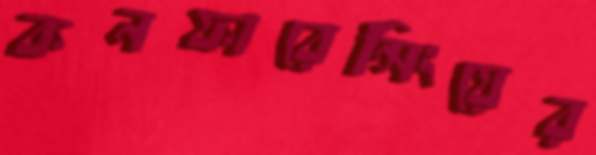
কনফারেন্সিংয়ের